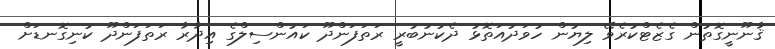
ޤާނޫނީގޮތުން ގެޒެޓްކުރެވޭ ލިޔުން ހުވަދުއަތޮޅު ދެކުނުބުރީ ރަތަފަންދޫ ކައުންސިލްގެ އިދާރާ ރަތަފަންދޫ ކުނިގޮނޑަށް